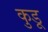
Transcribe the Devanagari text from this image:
कुडू